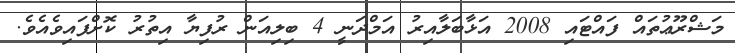
މަޝްރޫޢުތައް ފައްޓައި 2008 އަޅާބަލާއިރު އަމްދަނީ 4 ބިލިއަން ރުފިޔާ އިތުރު ކޮށްފައިވެއެވެ.